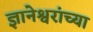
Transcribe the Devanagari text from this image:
ज्ञानेश्वरांंच्या